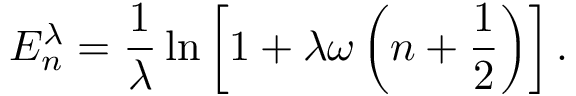
E _ { n } ^ { \lambda } = { \frac { 1 } { \lambda } } \ln \left[ 1 + \lambda \omega \left( n + { \frac { 1 } { 2 } } \right) \right] .